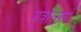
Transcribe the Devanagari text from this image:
मूत्रोत्सर्ग